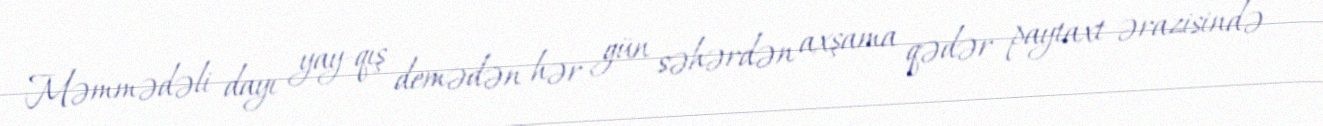
Məmmədəli dayı yay-qış demədən hər gün səhərdən axşama qədər paytaxt ərazisində